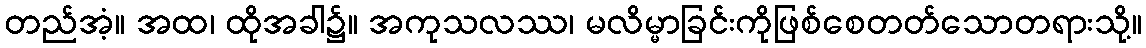
တည်အံ့။ အထ၊ ထိုအခါ၌။ အကုသလဿ၊ မလိမ္မာခြင်းကိုဖြစ်စေတတ်သောတရားသို့။